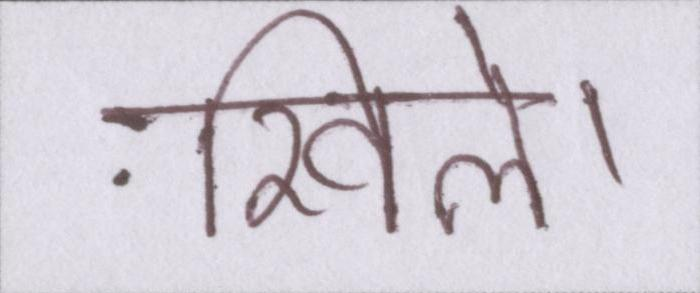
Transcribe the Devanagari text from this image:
खिले।